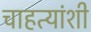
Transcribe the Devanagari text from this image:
चाहत्यांशी